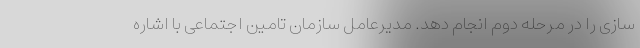
سازی را در مرحله دوم انجام دهد. مدیرعامل سازمان تامین اجتماعی با اشاره